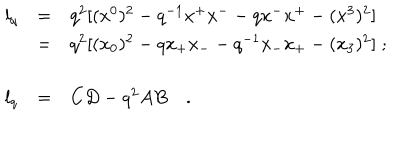
\begin{array} { l l l } { { l _ { q } } } & { { = } } & { { q ^ { 2 } [ ( x ^ { 0 } ) ^ { 2 } - q ^ { - 1 } x ^ { + } x ^ { - } - q x ^ { - } x ^ { + } - ( x ^ { 3 } ) ^ { 2 } ] } } \\ { { \, } } & { { = } } & { { q ^ { 2 } [ ( x _ { 0 } ) ^ { 2 } - q x _ { + } x _ { - } - q ^ { - 1 } x _ { - } x _ { + } - ( x _ { 3 } ) ^ { 2 } ] \; ; } } \\ { { \, } } & { { \, } } & { { \, } } \\ { { l _ { q } } } & { { = } } & { { C D - q ^ { 2 } A B \quad . } } \\ \end{array}